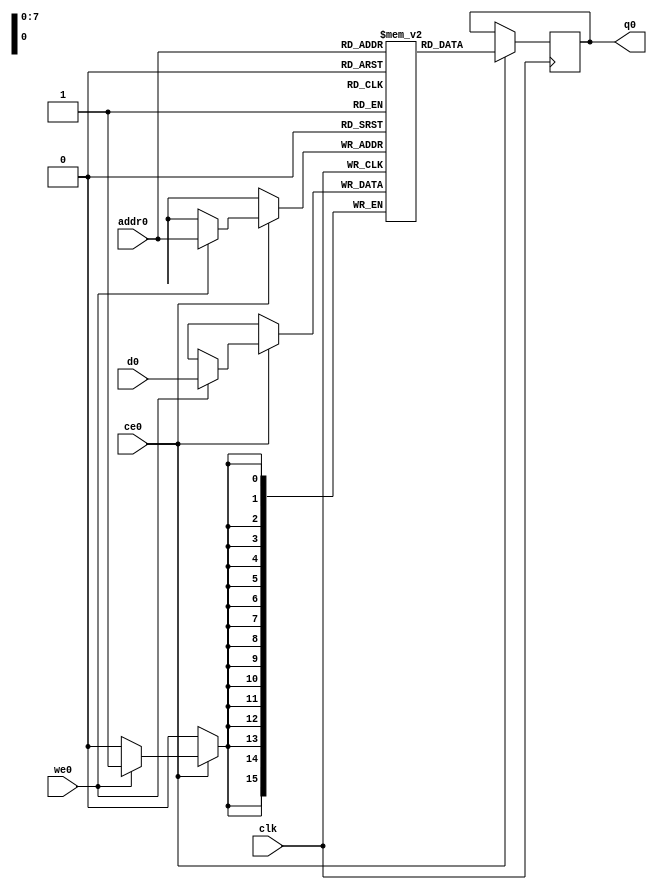
// ==============================================================
// File generated on Sun Nov 15 15:14:10 +0800 2020
// Vivado(TM) HLS - High-Level Synthesis from C, C++ and SystemC v2018.3 (64-bit)
// SW Build 2405991 on Thu Dec  6 23:38:27 MST 2018
// IP Build 2404404 on Fri Dec  7 01:43:56 MST 2018
// Copyright 1986-2018 Xilinx, Inc. All Rights Reserved.
// ==============================================================
`timescale 1 ns / 1 ps
module Merge_imgs_tile_0_V_ram (addr0, ce0, d0, we0, q0,  clk);

parameter DWIDTH = 16;
parameter AWIDTH = 8;
parameter MEM_SIZE = 256;

input[AWIDTH-1:0] addr0;
input ce0;
input[DWIDTH-1:0] d0;
input we0;
output reg[DWIDTH-1:0] q0;
input clk;

(* ram_style = "block" *)reg [DWIDTH-1:0] ram[0:MEM_SIZE-1];




always @(posedge clk)  
begin 
    if (ce0) 
    begin
        if (we0) 
        begin 
            ram[addr0] <= d0; 
        end 
        q0 <= ram[addr0];
    end
end


endmodule

`timescale 1 ns / 1 ps
module Merge_imgs_tile_0_V(
    reset,
    clk,
    address0,
    ce0,
    we0,
    d0,
    q0);

parameter DataWidth = 32'd16;
parameter AddressRange = 32'd256;
parameter AddressWidth = 32'd8;
input reset;
input clk;
input[AddressWidth - 1:0] address0;
input ce0;
input we0;
input[DataWidth - 1:0] d0;
output[DataWidth - 1:0] q0;



Merge_imgs_tile_0_V_ram Merge_imgs_tile_0_V_ram_U(
    .clk( clk ),
    .addr0( address0 ),
    .ce0( ce0 ),
    .we0( we0 ),
    .d0( d0 ),
    .q0( q0 ));

endmodule